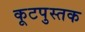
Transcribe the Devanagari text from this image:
कूटपुस्तक